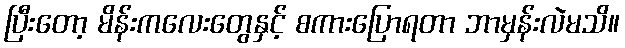
ပြီးတော့ မိန်းကလေးတွေနှင့် စကားပြောရတာ ဘာမှန်းလဲမသိ။